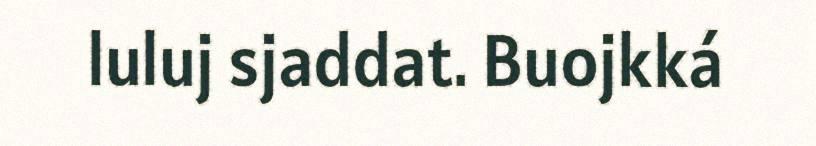
luluj sjaddat. Buojkká